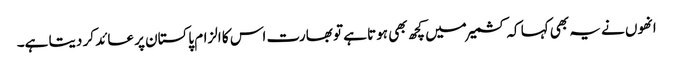
انھوں نے یہ بھی کہا کہ کشمیرمیں کچھ بھی ہوتا ہے تو بھارت اس کا الزام پاکستان پر عائد کر دیتا ہے۔